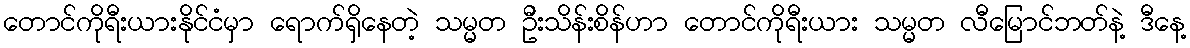
တောင်ကိုရီးယားနိုင်ငံမှာ ရောက်ရှိနေတဲ့ သမ္မတ ဦးသိန်းစိန်ဟာ တောင်ကိုရီးယား သမ္မတ လီမြောင်ဘတ်နဲ့ ဒီနေ့